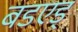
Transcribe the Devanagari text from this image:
बडएड्